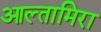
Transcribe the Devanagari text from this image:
आल्तामिरा